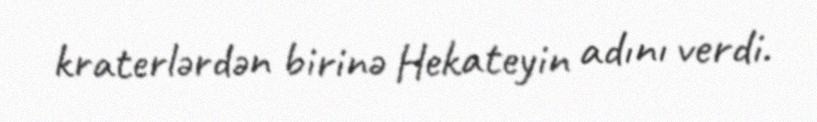
kraterlərdən birinə Hekateyin adını verdi.